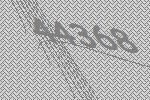
44368